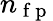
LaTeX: n_{\mathrm{~f~p~}}